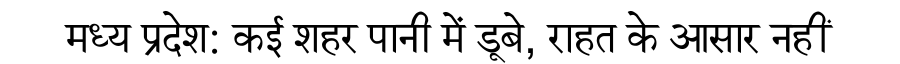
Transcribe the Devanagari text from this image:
मध्य प्रदेश: कई शहर पानी में डूबे, राहत के आसार नहीं